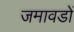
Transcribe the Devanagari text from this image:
जमावडों